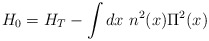
\begin{align*}H_{0} = H_{T} - \int dx~ n^{2}(x) \Pi^{2}(x)\end{align*}